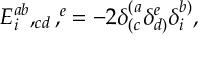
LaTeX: E _ { i } ^ { a b } , _ { c d } , ^ { e } = - 2 \delta _ { ( c } ^ { ( a } \delta _ { d ) } ^ { e } \delta _ { i } ^ { b ) } ,